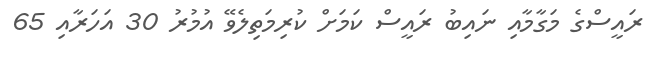
ރައީސްގެ މަގާމާއި ނައިބު ރައީސް ކަމަށް ކުރިމަތިލެވޭ އުމުރު 30 އަހަރާއި 65